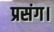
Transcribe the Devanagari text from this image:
प्रसंग।